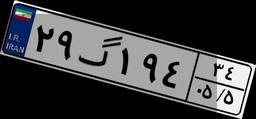
۰۶گ۷۸۹۳۲